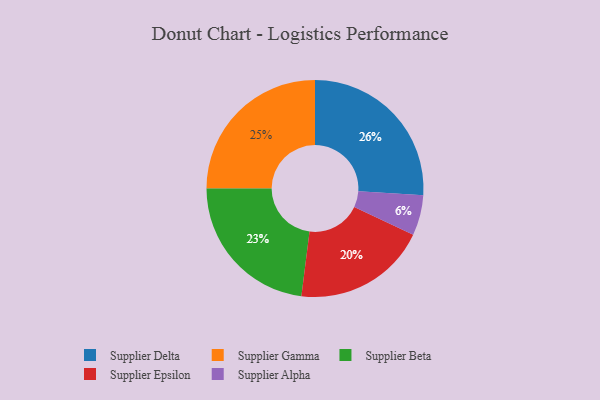
{"axis": {"x": "Category", "y": "Percentage"}, "legend": ["Supplier Alpha", "Supplier Beta", "Supplier Delta", "Supplier Epsilon", "Supplier Gamma"], "data": [{"x": "Supplier Gamma", "y": 25, "type": "Supplier Gamma"}, {"x": "Supplier Delta", "y": 26, "type": "Supplier Delta"}, {"x": "Supplier Alpha", "y": 6, "type": "Supplier Alpha"}, {"x": "Supplier Epsilon", "y": 20, "type": "Supplier Epsilon"}, {"x": "Supplier Beta", "y": 23, "type": "Supplier Beta"}]}